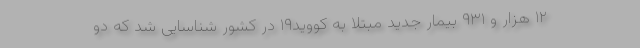
۱۲ هزار و ۹۳۱ بیمار جدید مبتلا به کووید۱۹ در کشور شناسایی شد که دو